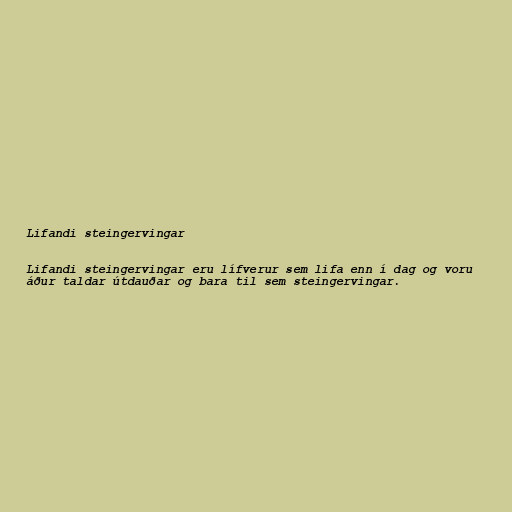
Lifandi steingervingar

Lifandi steingervingar eru lífverur sem lifa enn í dag og voru
áður taldar útdauðar og bara til sem steingervingar.